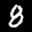
Label: 8